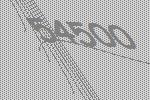
54500